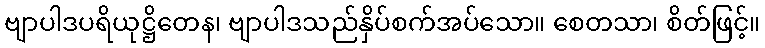
ဗျာပါဒပရိယုဋ္ဌိတေန၊ ဗျာပါဒသည်နှိပ်စက်အပ်သော။ စေတသာ၊ စိတ်ဖြင့်။